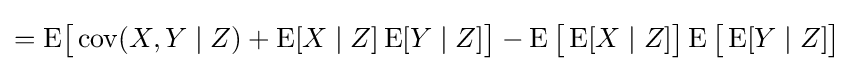
=\operatorname {E} \!{\big [}\operatorname {cov} (X,Y\mid Z)+\operatorname {E} [X\mid Z]\operatorname {E} [Y\mid Z]{\big ]}-\operatorname {E} {\big [}\operatorname {E} [X\mid Z]{\big ]}\operatorname {E} {\big [}\operatorname {E} [Y\mid Z]{\big ]}